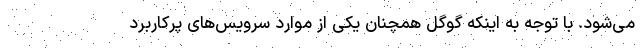
می‌شود. با توجه به اینکه گوگل همچنان یکی از موارد سرویس‌های پرکاربرد